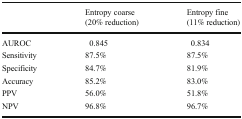
| <ROWSPAN=2>  | Entropy coarse | Entropy fine |
 | (20% reduction) | (11% reduction) |
 | --- | --- | --- |
 | AUROC | 0.845 | 0.834 |
 | Sensitivity | 87.5% | 87.5% |
 | Specificity | 84.7% | 81.9% |
 | Accuracy | 85.2% | 83.0% |
 | PPV | 56.0% | 51.8% |
 | NPV | 96.8% | 96.7% |